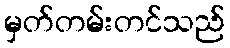
မှတ်တမ်းတင်သည်